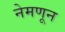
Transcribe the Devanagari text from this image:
नेमणून